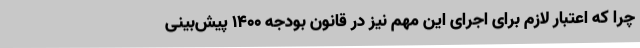
چرا که اعتبار لازم برای اجرای این مهم نیز در قانون بودجه ۱۴۰۰ پیش‌بینی